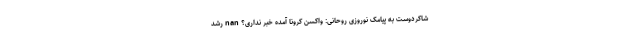
شاکردوست به پيامک نوروزی روحانی: واکسن کرونا آمده خبر نداری؟ nan رشد